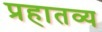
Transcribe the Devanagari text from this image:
प्रहातव्य